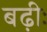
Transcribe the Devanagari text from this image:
बढ़ीः